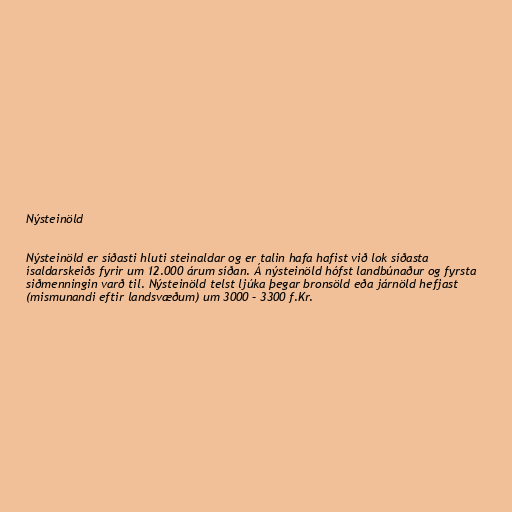
Nýsteinöld

Nýsteinöld er síðasti hluti steinaldar og er talin hafa hafist við lok síðasta
ísaldarskeiðs fyrir um 12.000 árum síðan. Á nýsteinöld hófst landbúnaður og fyrsta
siðmenningin varð til. Nýsteinöld telst ljúka þegar bronsöld eða járnöld hefjast
(mismunandi eftir landsvæðum) um 3000 – 3300 f.Kr.